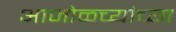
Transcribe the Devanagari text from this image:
आजोळच्यांच्या